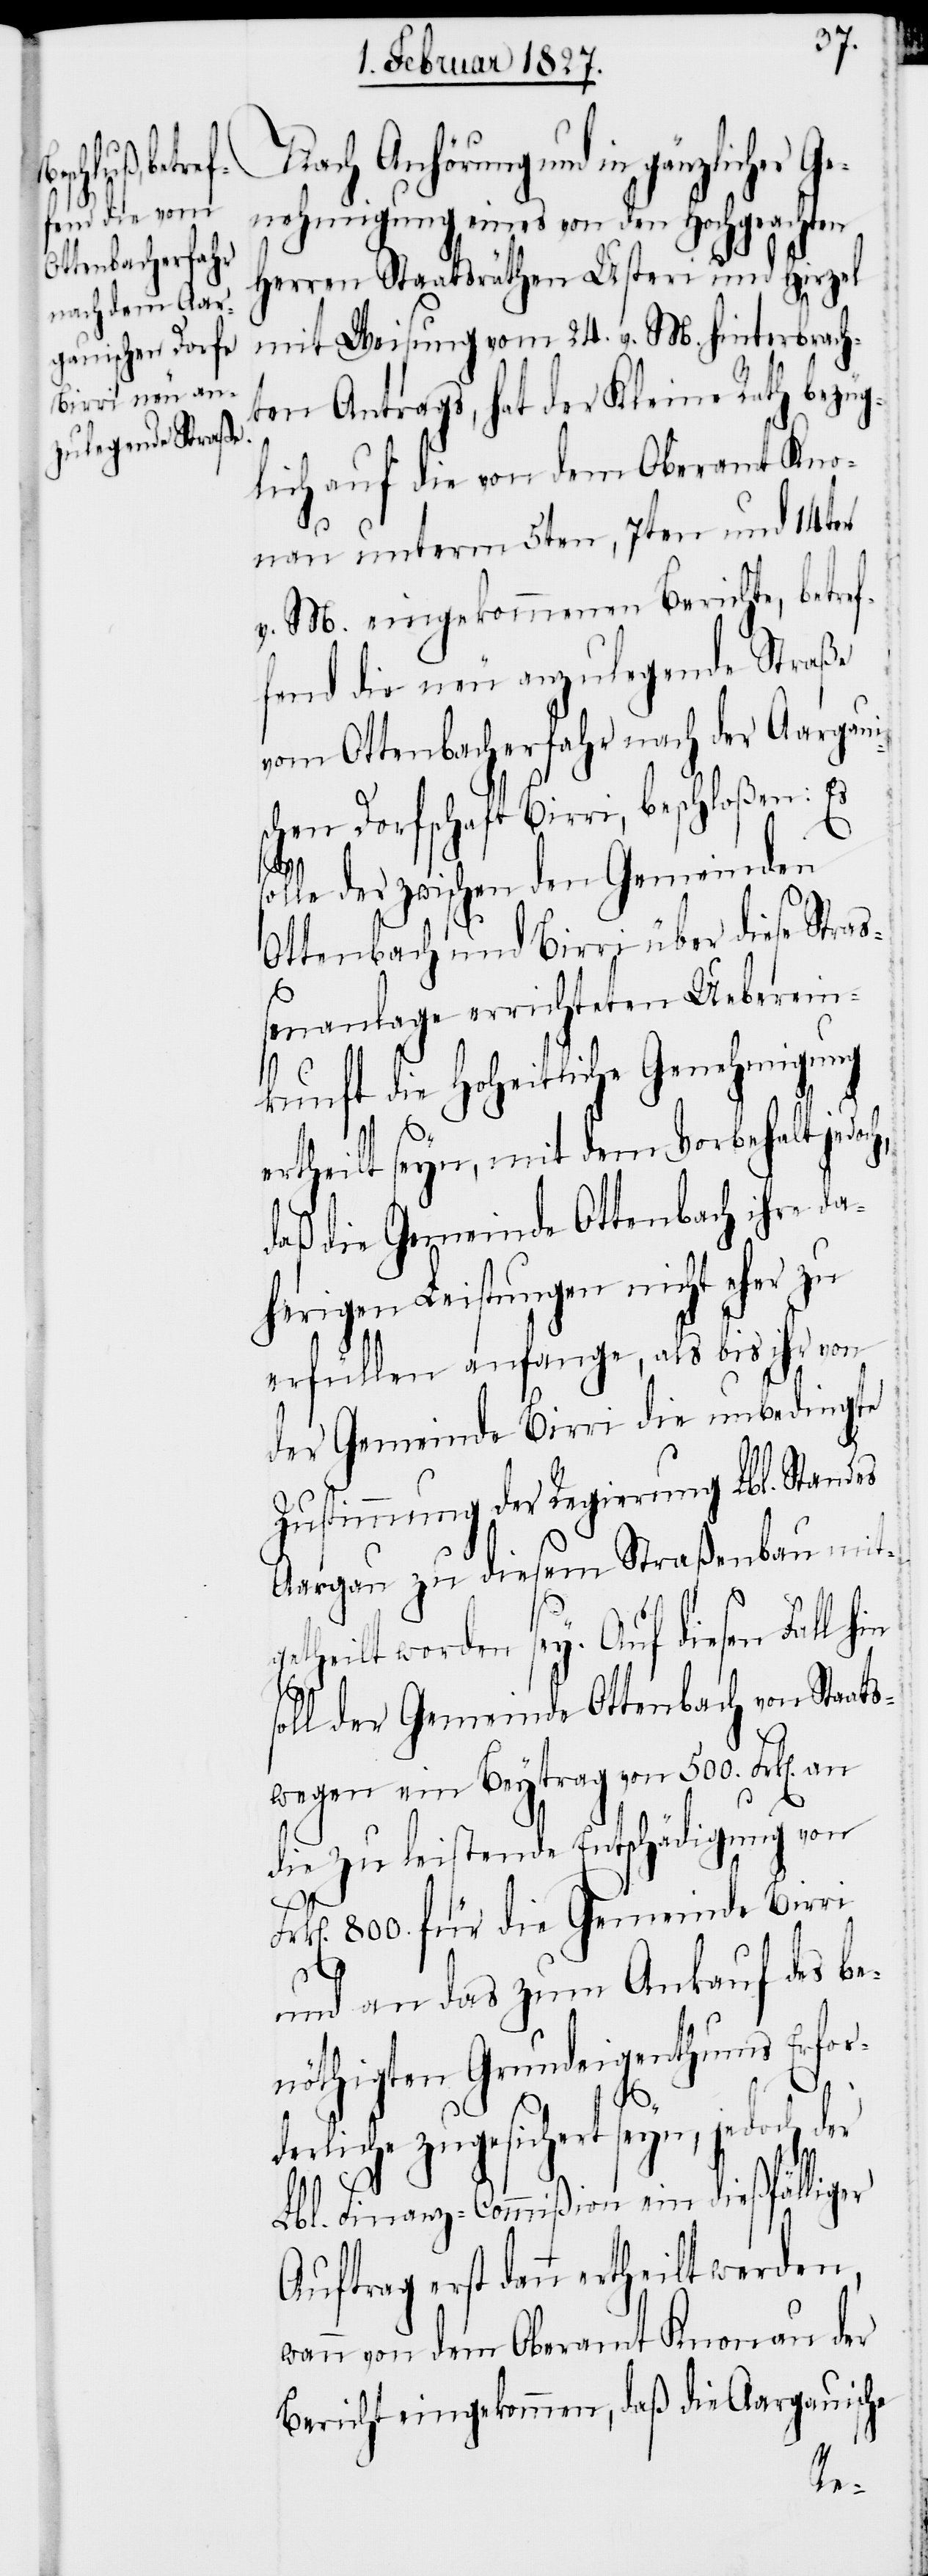
eschloßen:

Auftrag erst dann ertheilt
nehmigung eines von den Hochgeachten
Herren Staatsräthen Usteri und Hirzel
mit Weisung vom 24. v. M. hinterbrach¬
ten Antrags, hat der Kleine Rath bezüg¬
lich auf die von dem Oberamt Kno¬
nau unterm 5ten, 7ten und 14ten
v. M. eingekommenen Berichte, betref¬
fend die neu anzulegende Straße
vom Ottenbacherfahr nach der Aargau¬
chen Dorfschaft Birri, b¬
solle der zwischen den Gemeinden
Ottenbach und Birri über diese Stra¬
ßenanlage errichteten Ueberein¬
kunft die Hoheitliche Genehmigung
n]. an
ertheilt seyn, mit dem Vorbehalt jedoch,
daß die Gemeinde Ottenbach ihre da¬
herigen Leistungen nicht eher zu
erfüllen anfange, als bis ihr von
der Gemeinde Birri die unbedingte
Zustimmung der Regierung Lbl. Standes
Aargau zu diesem Straßenbau mitg¬
etheilt worden sey. Auf diesen Fall hin
soll der Gemeinde Ottenbach von Staats¬
wegen ein Beytrag von 500. Frk[e¬
die zu leistende Entschädigung von
k[en]. 800. für die Gemeinde Birri
und an das zum Ankauf des be¬
nöthigten Grundeigenthums Er¬
derliche zugesichert seyn, jedoch der
Lbl. Finanz-Commißion ein dießfälliger
wann von dem Oberamt Knonau der
Bericht eingekommen, daß die Aargauische
for¬